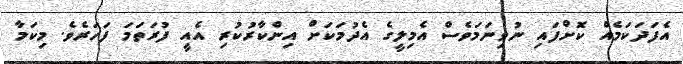
އެފަދަކަމެއް ކޮށްފައި ނުވިނަމަވެސް އެމިލީގެ އެދުމަަކަށް އިންކާރުކުރި އެއީ ފުރަތަމަ ފަހަރެވެ. މިކަމާ